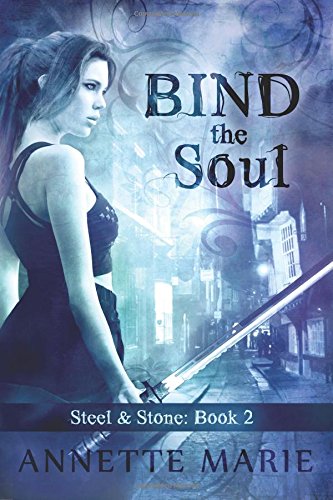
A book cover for Bind the Soul (Steel & Stone) (Volume 2); Annette Marie; Science Fiction & Fantasy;